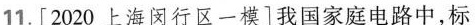
11.[2020上海闵行区一模]我国家庭电路中，标